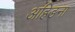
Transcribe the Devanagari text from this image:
अहिङना